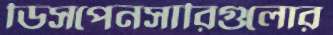
ডিসপেনসারিগুলোর